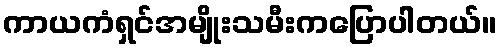
ကာယကံရှင်အမျိုးသမီးကပြောပါတယ်။